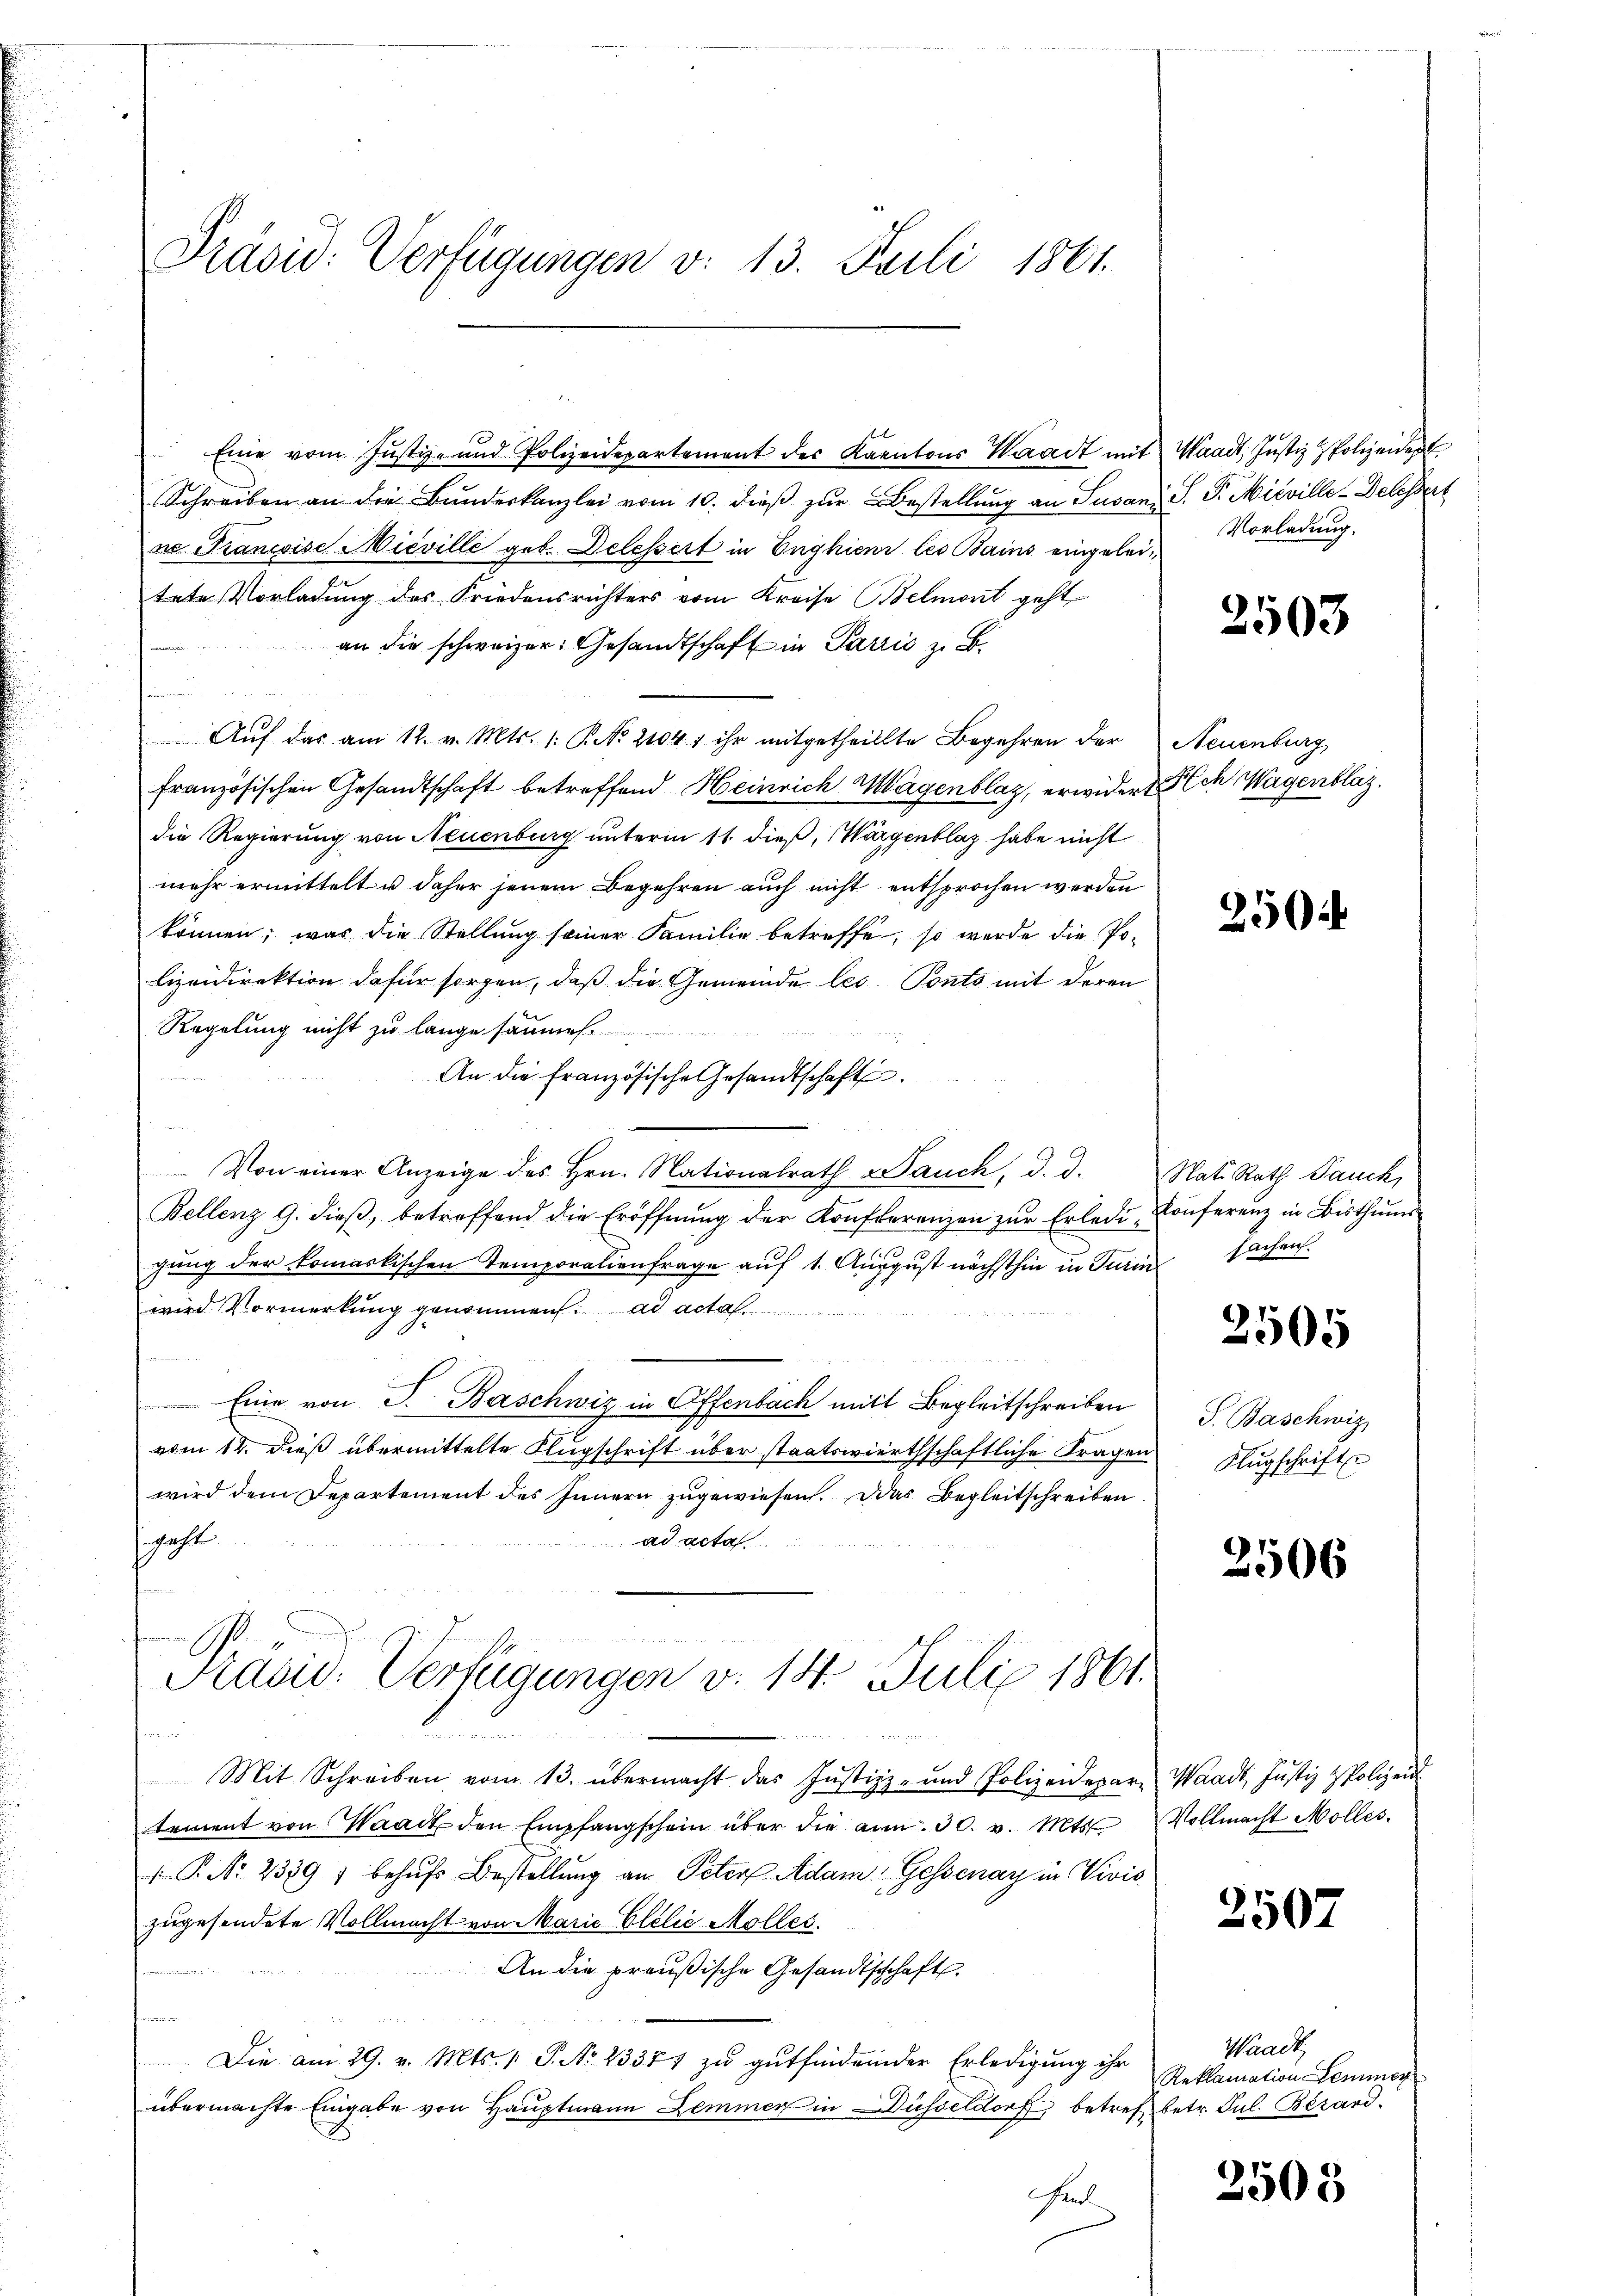
Präsid: Verfügungen v. 13. Juli 1861.

Eine vom Justiz- und Polizeidepartement des Kantons Waadt mit
Schreiben an die Bŭndeskanzlei vom 10. dieβ zŭr Bestellŭng an Susan, S. P. Mieville-Delessert
ne Francoise Mieville geb. Delessert in Enghier les Bains eingeleitete Vorladung des Friedensrichters vom Kreise Belmort geht
an die schweizer: Gesandtschaft in Paris zu B
Aŭf das am 12. v. Mts. 1: P. No. 21047 ihr mitgetheilte Begehren der
französischen Gesandtschaft betreffend Heinrich Magenblaz, erwidert ch Wagenblaz,
die Regierung von Neuenburg unterm 11. dieß, Wärgenblaz habe nicht
mehr ermittelt u daher jenem Begehren auch nicht entsprochen werden
können; was die Stellung seiner Familie betreffe, so werde die Po-
lizeidirektion dafür sorgen, daß die Gemeinde les Ponto mit deren
Regelung nicht zu lange samm
An die französische Gesandtschaft
Von einer Anzeige des Hrn. Nationalrath auch, d. d. Nat. Rath Pauck,
Bellenz 9. dieβ, betreffend die Eröffnŭng der Konferenzen zŭr Erlede Konferenz in Bisthum
gung der komarkischen Temporalienfrage auf 1. August nächsthin in Turin Sachen.
wird Vormerkung genommen. ad acta
n
n
Eine von J. Baschwiz in Offenbach mit Begleitschreiben
vom 12. dieß übermittelte Flugschrift über staatswirthschaftliche Fragen
wird dem Departement des Innern zugewiesen. Das Begleitschreiben
schaft
ad acta
enommen

Pasid: Verfügungen v. 14. Juli 1861.

A

Mit Schreiben vom 13. übermacht das Justiz- und Polizeidepare Waadt, Justiz & Polizeid
tement von Waadt den Empfangschein über die am 30. v. Mts. Vollmacht Molles.
 P. Nr. 2389) behufs Bestellung an Peter Adam Gessenay in Vivis
zugesendete Vollmacht von Marie Elelić Molles.
An die preußische Gesandtschhaft

Die am 29. v. Mts. 1. P. Nr. 23357 zu gutfindender Erledigung ihr
übermachte Eingabe von Hauptmann Lemmer in Düsseldorf, betref betr. Jul. Besand¬
Faul

Waadt, Justiz & Polizeident
Vorladung.

2503

Neuenburg

250

2505

T. Baschwis
Klŭgschrift

2506

2507

Maack
Reklamation Lemmer

2503